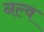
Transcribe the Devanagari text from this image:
नल्व